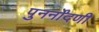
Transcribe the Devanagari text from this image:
पुनर्नोंदणी